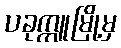
ပခုက္ကူမြို့မှ